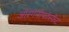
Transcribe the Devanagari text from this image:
ऑरगेनोफॉस्फेट